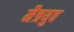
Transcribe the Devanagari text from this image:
मैत्रयुव